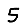
Digit: 5